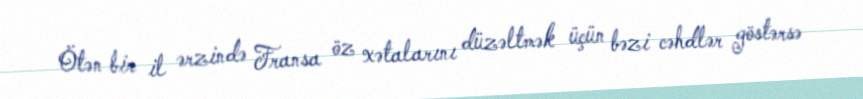
Ötən bir il ərzində Fransa öz xətalarını düzəltmək üçün bəzi cəhdlər göstərsə